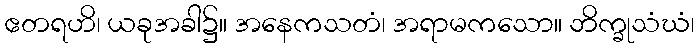
ဧတရဟိ၊ ယခုအခါ၌။ အနေကသတံ၊ အရာမကသော။ ဘိက္ခုသံဃံ၊